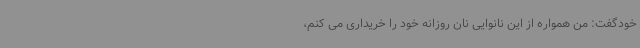
خودگفت: من همواره از این نانوایی نان روزانه خود را خریداری می کنم،